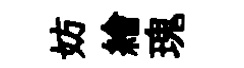
妨繪瑰